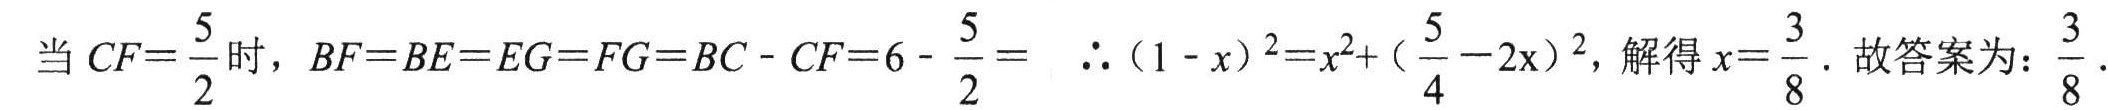
当\(CF = \dfrac{5}{2}\)时，\(BF = BE = EG = FG = BC - CF = 6 - \dfrac{5}{2}=\)  \(\therefore(1 - x)^{2}=x^{2}+(\dfrac{5}{4}-2x)^{2}\)，解得\(x = \dfrac{3}{8}\). 故答案为：\(\dfrac{3}{8}\).